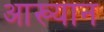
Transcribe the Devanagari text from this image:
आख्‍यान